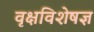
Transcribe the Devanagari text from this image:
वृक्षविशेषज्ञ